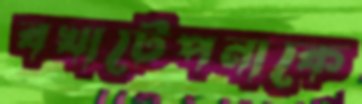
বখাটেপনাকে